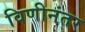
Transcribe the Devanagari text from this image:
विणीनंतर